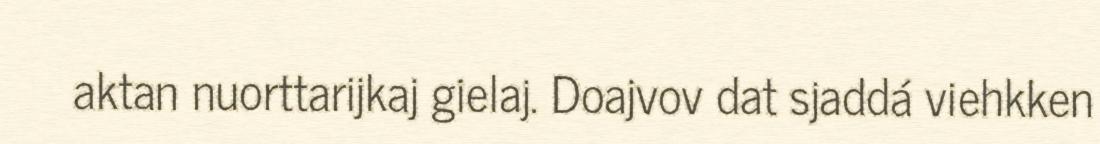
aktan nuorttarijkaj gielaj. Doajvov dat sjaddá viehkken